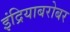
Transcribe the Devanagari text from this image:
इंद्रियाबरोबर